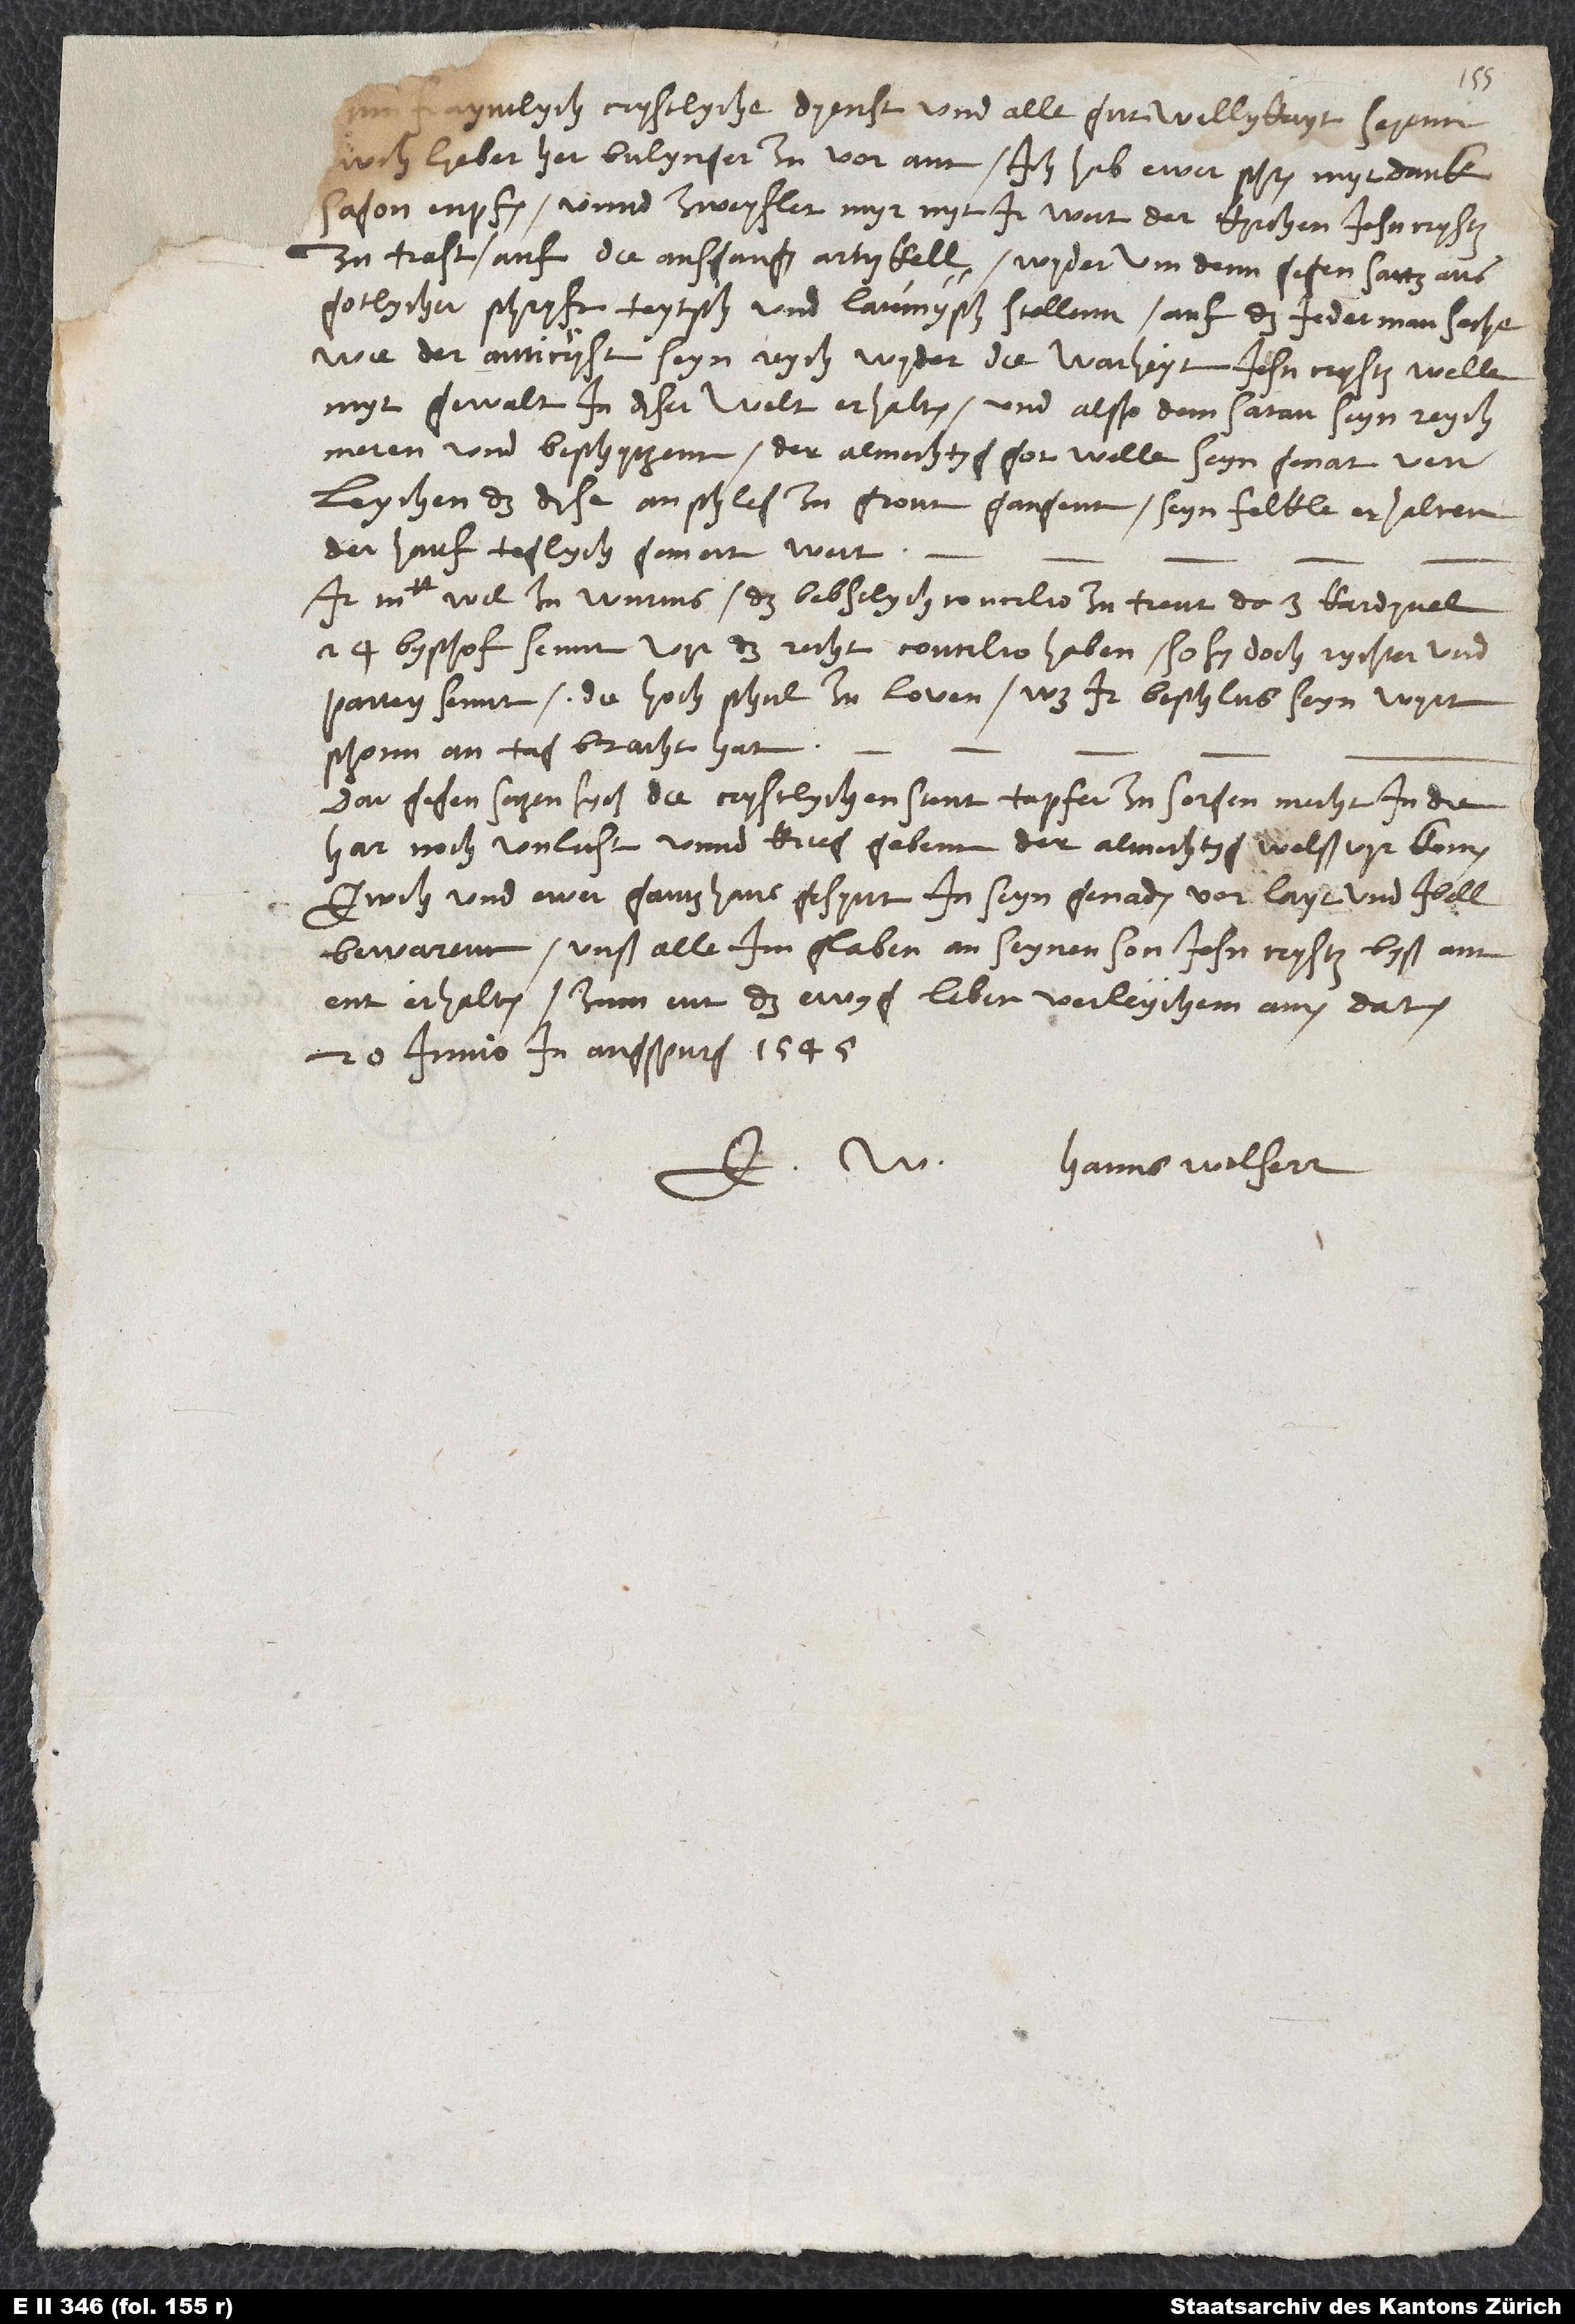
wch, lieber her Bulynger, zu vor ann. Ich hab ewer schryben myt danksagon
enpfangen, unnd zweyflet myr nyt, ir wert der kyrchen Jesu Crysti
zu trost auf die ausgangen artykell wyderum denn gegensattz aus
gotlycher schryft teytsch und lateinysch stellenn, auf das jederman seche,
wie der anticryst seyn reych wyder die warheyt Jesu Crysti welle
myt gewalt in diser welt erhalten und alßo dem satan seyn reych
meren und beschytzenn. Der almechtig got welle seyn genat
verleychen, das dise anschleg zu gront gangenn, seyn felkle erhalten,
der hauf teglych gemert wert.
Ir majestat wil zu Wurms das bebstlych concilio zu Trent, do 3 kardynel,
24 byschof sennt, vyr das recht concilio haben, so sy doch rychter und
partey sennt. Die hoch schul zu Loven, was ir beschlus seyn wyrt,
schonn an tag bracht hat.
Dar gegen setzen sych die crystlychen stent tapfer. Zu sorgen, mecht in die
har noch unlust unnd krieg gebenn. Der almechtyg welß vyrkommen,
ewch und ewer gantz hausgesynt in seyn genaden vor layt und ibell
bewarenn, unß alle im glaben an seynen son Jesu Crystum byß am
ent erhalten, zum ent das ewyg leben verleychenn. Amen. Datum
20. iunio, in Augspurg, 1545.
Hanns Welserr.